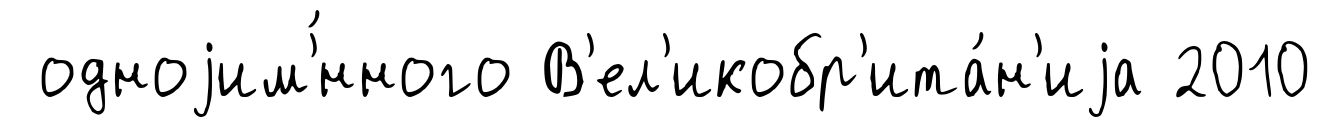
одноjим'́нного В'ел'икобр'ита́н'иjа 2010